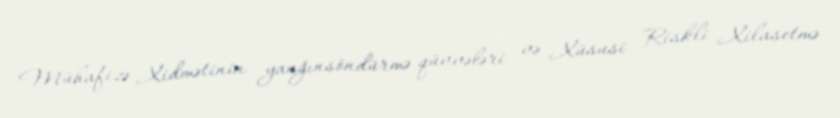
Mühafizə Xidmətinin yanğınsöndürmə qüvvələri və Xüsusi Riskli Xilasetmə